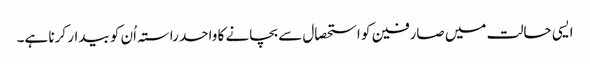
ایسی حالت میں صارفین کو استحصال سے بچانے کا واحد راستہ اُن کو بیدار کرنا ہے۔